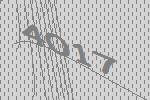
4017